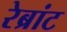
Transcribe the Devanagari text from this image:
रेब्रांट